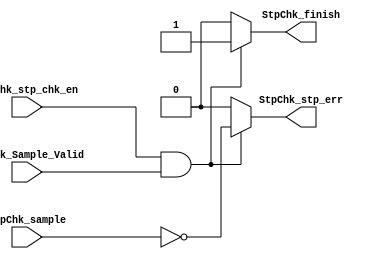
// TYPE: module
// DEPARTMENT: communication and electronics department
// AUTHOR EMAIL: mina.hannaone@gmail.com
//------------------------------------------------
// Release history
// VERSION DATE AUTHOR DESCRIPTION
// 1.0 22/7/2022 Mina Hanna final version
//------------------------------------------------
// KEYWORDS: stop checking, data error ,validation checking
//------------------------------------------------
// PURPOSE:   stop checking to make sure that data was sent successfully\
module Stop_Check (
  input    wire    StpChk_stp_chk_en,
  input    wire    StpChk_sample,
  input    wire    StpChk_Sample_Valid,
  output   reg     StpChk_stp_err,
  output   reg     StpChk_finish);
  
  //////////////////stop checking comb logic/////////////////
  always@(*)
  begin
    if(StpChk_stp_chk_en & StpChk_Sample_Valid)
      begin
        StpChk_stp_err = ~StpChk_sample;
        StpChk_finish  = 1'b1; 
      end
    else
      begin
        StpChk_stp_err = 1'b0;
        StpChk_finish  = 1'b0;
      end
  end
  
endmodule